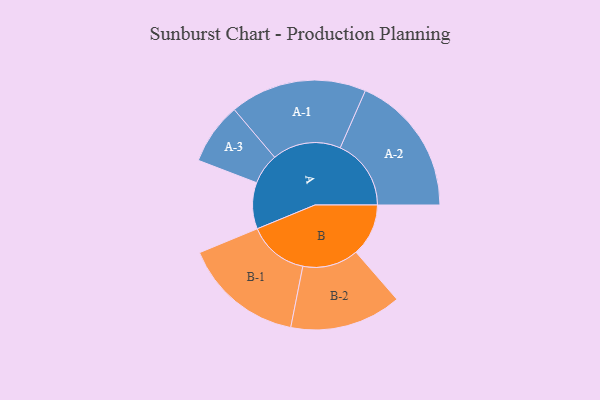
{"axis": {"x": "Segment", "y": "Value"}, "legend": ["", "A", "B"], "data": [{"x": "A", "y": 176, "type": ""}, {"x": "B", "y": 199, "type": ""}, {"x": "A-1", "y": 260, "type": "A"}, {"x": "A-2", "y": 269, "type": "A"}, {"x": "A-3", "y": 117, "type": "A"}, {"x": "B-1", "y": 229, "type": "B"}, {"x": "B-2", "y": 212, "type": "B"}]}